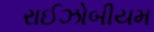
રાઈઝોબીયમ